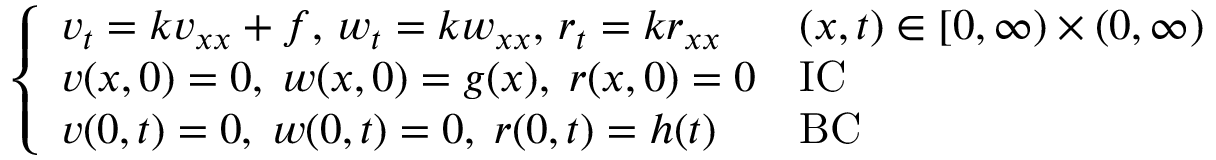
{ \left\{ \begin{array} { l l } { v _ { t } = k v _ { x x } + f , \, w _ { t } = k w _ { x x } , \, r _ { t } = k r _ { x x } } & { ( x , t ) \in [ 0 , \infty ) \times ( 0 , \infty ) } \\ { v ( x , 0 ) = 0 , \; w ( x , 0 ) = g ( x ) , \; r ( x , 0 ) = 0 } & { { \mathrm { I C } } } \\ { v ( 0 , t ) = 0 , \; w ( 0 , t ) = 0 , \; r ( 0 , t ) = h ( t ) } & { { \mathrm { B C } } } \end{array} \right. }